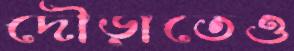
দৌড়াতেও